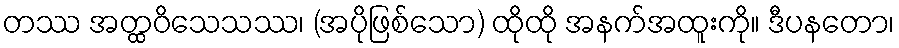
တဿ အတ္ထဝိသေသဿ၊ (အပိုဖြစ်သော) ထိုထို အနက်အထူးကို။ ဒီပနတော၊